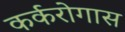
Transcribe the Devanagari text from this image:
कर्करोगास